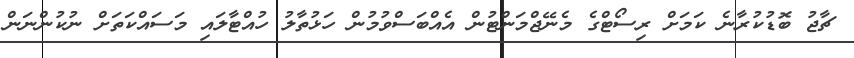
ޗާޖު ބޮޑުކުރާނެ ކަމަށް ރިސޯޓްގެ މެނޭޖްމަންޓުން އެއްބަސްވުމުން ހަޅުތާލު ހުއްޓާލައި މަސައްކަތަށް ނުކުންނަން